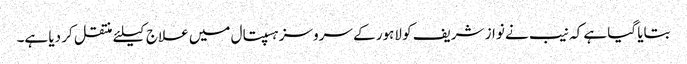
بتایا گیا ہے کہ نیب نے نواز شریف کو لاہور کے سروسز ہسپتال میں علاج کیلئے منتقل کر دیا ہے۔